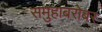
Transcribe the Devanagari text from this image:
समुहाबरोबर